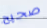
صحيح